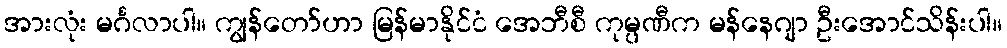
အားလုံး မင်္ဂလာပါ။ ကျွန်တော်ဟာ မြန်မာနိုင်ငံ အေဘီစီ ကုမ္ပဏီက မန်နေဂျာ ဦးအောင်သိန်းပါ။